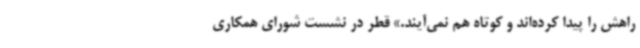
راهش را پیدا کرده‌اند و کوتاه هم نمی‌آیند.» قطر در نشست شورای همکاری